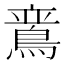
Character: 𬷛